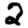
Digit: 2